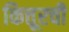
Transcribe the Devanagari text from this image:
कित्तूरची